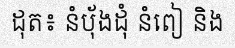
ដុត៖ នំប៉័ងដុំ នំពៀ និង